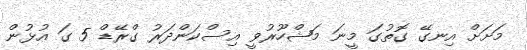
މަށަށް އިނގޭ ގޮތުގަ މީނަ މަޝްހޫރުވީ އިސްކަންދަރު ގްރޭޑް 5 ގަ އުޅުން